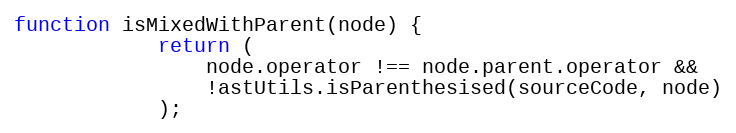
Language: JavaScript
function isMixedWithParent(node) {
            return (
                node.operator !== node.parent.operator &&
                !astUtils.isParenthesised(sourceCode, node)
            );